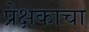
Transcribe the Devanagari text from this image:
प्रेक्षकाचा